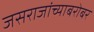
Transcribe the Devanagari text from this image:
जसराजांच्याबरोबर